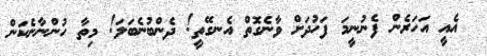
އެއީ އަހަރެން ފެނުނީމަ ފަހުދަށް ވާނެގޮތް އެނގޭތީ! ދެންބުނެބަލަ! މިތާ ހުންނާނެކަން